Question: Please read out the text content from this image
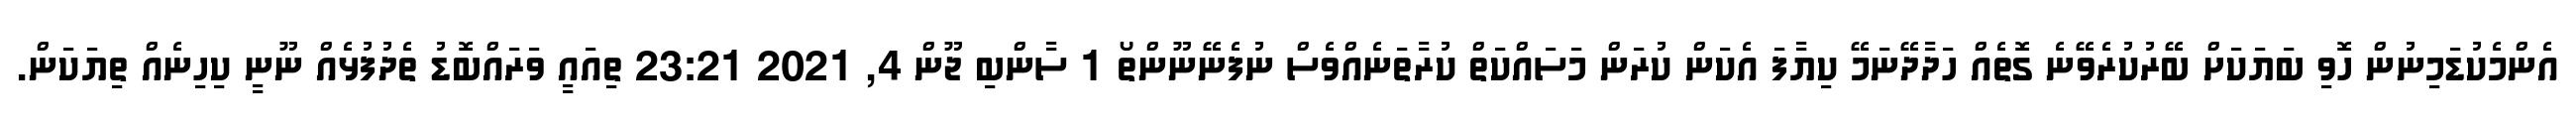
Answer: އެންމެކުޑަމިނުން ހޮވި ބަޔަކަށް ބޭރުކުރެވޭނެ ގޮތެއް ހަދާދޭނަމޭ ކިޔާފަ އެކަން ކުރަން މަސައްކަތް ކުރާތަނެއްވެސް ނުފެނޭނޫންތޯ 1 ސާންބި ޖޫން 4, 2021 23:21 ތިއައީ ވަރައްބޮޑު ތެދުފުޅެއް ނޫނީ ކިހިނެއް ތިޔަކަން.